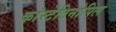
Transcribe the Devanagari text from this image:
कांस्टेटिनोपिल